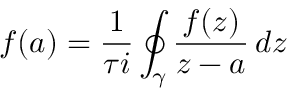
f ( a ) = { \frac { 1 } { \tau i } } \oint _ { \gamma } { \frac { f ( z ) } { z - a } } \, d z